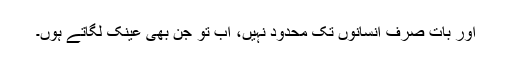
اور بات صرف انسانوں تک محدود نہیں، اب تو جن بھی عینک لگاتے ہوں۔